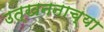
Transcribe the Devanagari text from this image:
उत्खननाच्या